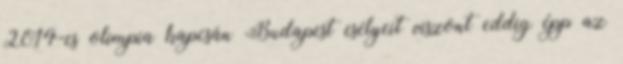
2014-es olimpia kapcsán Budapest esélyeit viszont eddig épp az